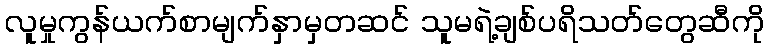
လူမှုကွန်ယက်စာမျက်နှာမှတဆင် သူမရဲ့ချစ်ပရိသတ်တွေဆီကို